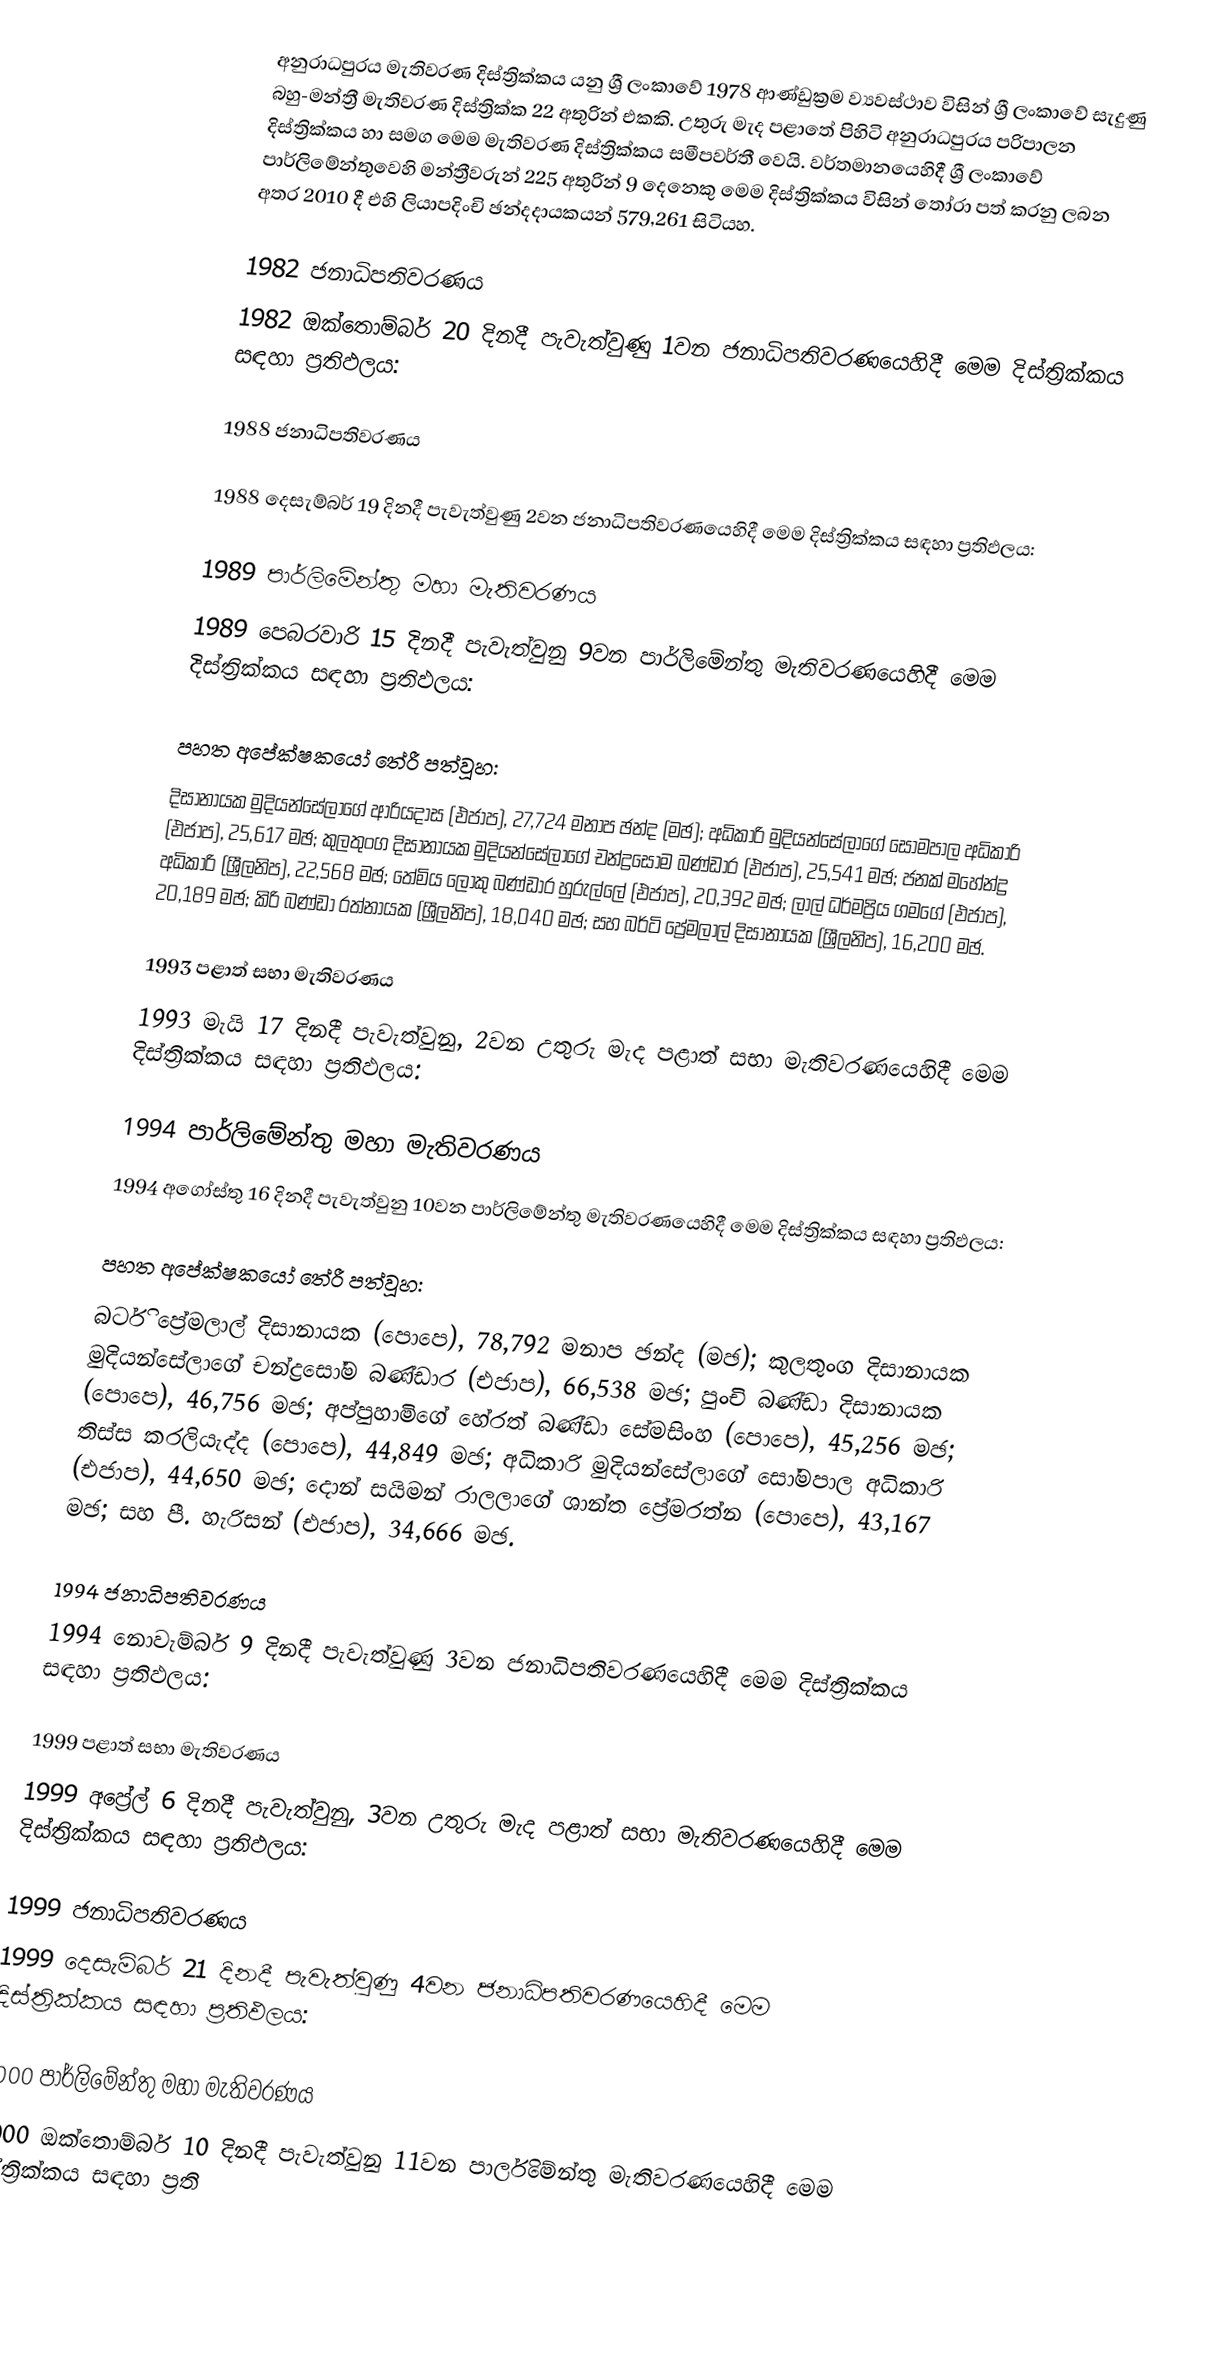
අනුරාධපුරය මැතිවරණ දිස්ත්‍රික්කය යනු ශ්‍රී ලංකාවේ 1978 ආණ්ඩුක්‍රම ව්‍යවස්ථාව විසින් ශ්‍රී ලංකාවේ සැදුණු  බහු-මන්ත්‍රී මැතිවරණ දිස්ත්‍රික්ක 22 අතුරින් එකකි. උතුරු මැද පළාතේ පිහිටි  අනුරාධපුරය පරිපාලන දිස්ත්‍රික්කය හා සමග මෙම මැතිවරණ දිස්ත්‍රික්කය සමීපවර්තී වෙයි. වර්තමානයෙහිදී  ශ්‍රී ලංකාවේ පාර්ලිමේන්තුවෙහි මන්ත්‍රීවරුන් 225 අතුරින් 9 දෙනෙකු මෙම දිස්ත්‍රික්කය විසින් තෝරා පත් කරනු ලබන අතර 2010 දී එහි ලියාපදිංචි ඡන්දදායකයන් 579,261 සිටියහ.

1982 ජනාධිපතිවරණය
1982 ඔක්තොම්බර් 20 දිනදී පැවැත්වුණු 1වන ජනාධිපතිවරණයෙහිදී මෙම දිස්ත්‍රික්කය සඳහා ප්‍රතිඵලය:

1988 ජනාධිපතිවරණය

1988 දෙසැම්බර් 19 දිනදී පැවැත්වුණු 2වන ජනාධිපතිවරණයෙහිදී මෙම දිස්ත්‍රික්කය සඳහා ප්‍රතිඵලය:

1989 පාර්ලිමේන්තු මහා මැතිවරණය
1989 පෙබරවාරි 15 දිනදී පැවැත්වුනු 9වන පාර්ලිමේන්තු මැතිවරණයෙහිදී මෙම දිස්ත්‍රික්කය සඳහා ප්‍රතිඵලය:

පහත අපේක්ෂකයෝ තේරී පත්වූහ:
දිසානායක මුදියන්සේලාගේ ආරියදාස (එජාප), 27,724 මනාප ඡන්ද (මඡ); අධිකාරි මුදියන්සේලාගේ සෝමපාල අධිකාරි (එජාප), 25,617 මඡ; කුලතුංග දිසානායක මුදියන්සේලාගේ චන්ද්‍රසෝම බණ්ඩාර (එජාප), 25,541 මඡ; ජනක් මහේන්ද්‍ර අධිකාරි (ශ්‍රීලනිප), 22,568 මඡ; තේමිය ලොකු බණ්ඩාර හුරුල්ලේ (එජාප), 20,392 මඡ; ලාල් ධර්මප්‍රිය ගමගේ (එජාප), 20,189 මඡ; කිරි බණ්ඩා රත්නායක (ශ්‍රීලනිප), 18,040 මඡ; සහ බර්ටි ප්‍රේමලාල් දිසානායක (ශ්‍රීලනිප), 16,200 මඡ.

1993 පළාත් සභා මැතිවරණය
1993 මැයි 17 දිනදී පැවැත්වුනු, 2වන උතුරු මැද පළාත් සභා මැතිවරණයෙහිදී මෙම දිස්ත්‍රික්කය සඳහා ප්‍රතිඵලය:

1994 පාර්ලිමේන්තු මහා මැතිවරණය
1994 අගෝස්තු 16 දිනදී පැවැත්වුනු 10වන පාර්ලිමේන්තු මැතිවරණයෙහිදී මෙම දිස්ත්‍රික්කය සඳහා ප්‍රතිඵලය:

පහත අපේක්ෂකයෝ තේරී පත්වූහ:
බර්ටි ප්‍රේමලාල් දිසානායක (පොපෙ), 78,792 මනාප ඡන්ද (මඡ); කුලතුංග දිසානායක මුදියන්සේලාගේ චන්ද්‍රසෝම බණ්ඩාර (එජාප), 66,538 මඡ; පුංචි බණ්ඩා දිසානායක (පොපෙ), 46,756 මඡ; අප්පුහාමිගේ හේරත් බණ්ඩා සේමසිංහ (පොපෙ), 45,256 මඡ; තිස්ස කරලියැද්ද (පොපෙ), 44,849 මඡ; අධිකාරි මුදියන්සේලාගේ සෝමපාල අධිකාරි (එජාප), 44,650 මඡ; දොන් සයිමන් රාලලාගේ ශාන්ත ප්‍රේමරත්න (පොපෙ), 43,167 මඡ; සහ පී. හැරිසන් (එජාප), 34,666 මඡ.

1994 ජනාධිපතිවරණය
1994 නොවැම්බර් 9 දිනදී පැවැත්වුණු 3වන ජනාධිපතිවරණයෙහිදී මෙම දිස්ත්‍රික්කය සඳහා ප්‍රතිඵලය:

1999 පළාත් සභා මැතිවරණය
1999 අප්‍රේල් 6 දිනදී පැවැත්වුනු, 3වන උතුරු මැද පළාත් සභා මැතිවරණයෙහිදී මෙම දිස්ත්‍රික්කය සඳහා ප්‍රතිඵලය:

1999 ජනාධිපතිවරණය
1999 දෙසැම්බර් 21 දිනදී පැවැත්වුණු 4වන ජනාධිපතිවරණයෙහිදී මෙම දිස්ත්‍රික්කය සඳහා ප්‍රතිඵලය:

2000 පාර්ලිමේන්තු මහා මැතිවරණය
2000 ඔක්තොම්බර් 10 දිනදී පැවැත්වුනු 11වන පාර්ලිමේන්තු මැතිවරණයෙහිදී මෙම දිස්ත්‍රික්කය සඳහා ප්‍රති